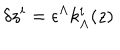
\delta z ^ { i } = \epsilon ^ { \Lambda } k _ { \Lambda } ^ { i } ( z )